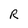
Character: R